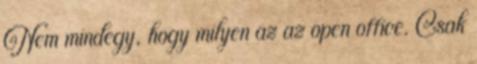
Nem mindegy, hogy milyen az az open office. Csak